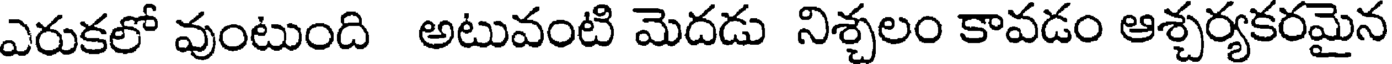
ఎరుకలో వుంటుంది అటువంటి మెదడు నిశ్చలం కావడం ఆశ్చర్యకరమైన